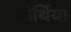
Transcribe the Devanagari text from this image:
ओर्थिया